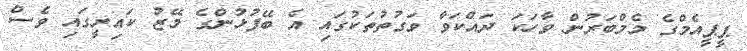
ޕީޕީއެމްގެ މެމްބަރުން ވާހަކަ ދައްކަވާ ވަގުތުތަކުގައި އެ ބޭފުޅުންގެ މޭޒު ކައިރީގައި ވެސް